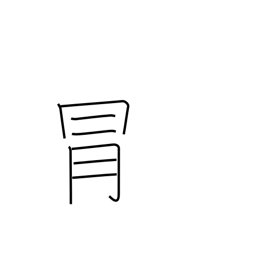
Meaning: risk